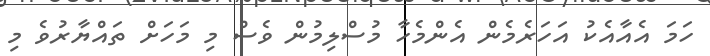
ހަމަ އެއާއެކު އަހަރެމެން އެންމެހާ މުސްލިމުން ވެސް މި މަހަށް ތައްޔާރުވެ މި